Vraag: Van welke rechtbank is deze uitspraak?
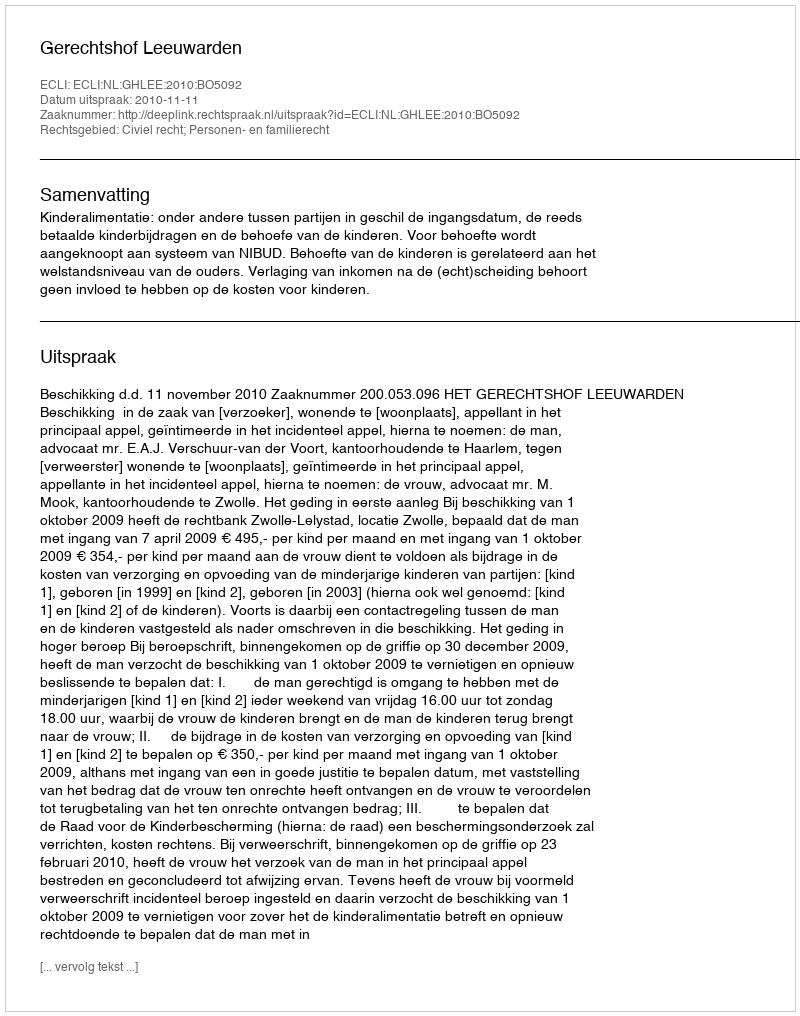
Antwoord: Gerechtshof Leeuwarden